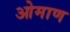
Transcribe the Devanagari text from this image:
ओमाण